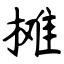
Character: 摊